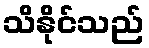
သိနိုင်သည်